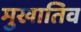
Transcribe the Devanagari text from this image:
मुखातिव